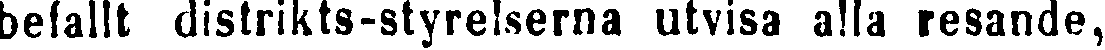
befallt distrikts-styrelserna utvisa alla resande,